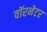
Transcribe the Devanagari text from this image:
वॉरनेटर